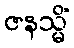
ဇနသ္မိံ